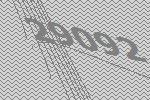
29092